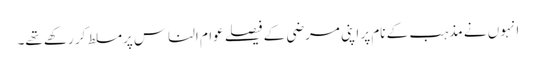
انہوں نے مذہب کے نام پر اپنی مرضی کے فیصلے عوام الناس پرمسلط کر رکھے تھے۔